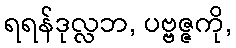
ရရန်ဒုလ္လဘ, ပဗ္ဗဇ္ဇကို,